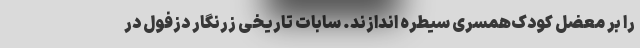
را بر معضل کودک‌همسری سیطره اندازند. سابات تاریخی زرنگار دزفول در